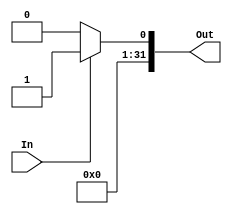
module UnsignedExtend32(In, Out);
//LT --- feito
input In;
output [31:0] Out;

assign Out = (In == 1'd1)? 32'd1:32'd0;

endmodule